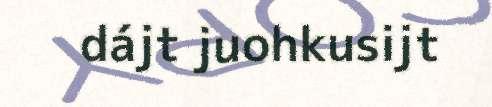
dájt juohkusijt